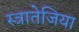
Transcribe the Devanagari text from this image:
स्त्रातेजिया